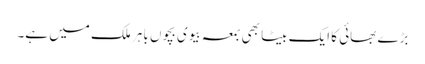
بڑے بھائی کا ایک بیٹا بھی بمعہ بیوی بچوں باہر ملک میں ہے۔